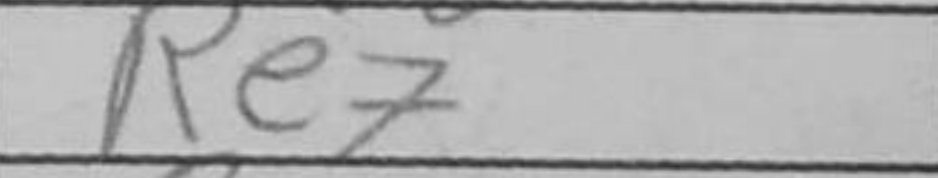
Transcription: Re7